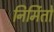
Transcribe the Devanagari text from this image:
निर्मितो